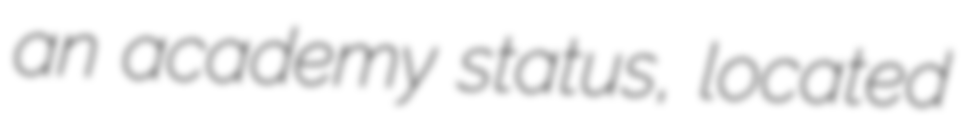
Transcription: an academy status, located